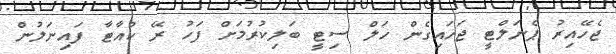
ޖެހޭއިރު ޕެނަލްޓީ ޖަހައިގެން ހަލް ސިޓީ ބަލިކުރުމަށް ފަހު ރޭ ކުއާޓާ ފައިނަލުން